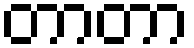
တာတာ